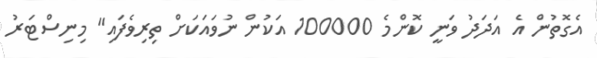
އެގޮތުން އެ އަދަދު ވަނީ ކޮންމެ 100000 އަކުން ނުވައަކަށް ތިރިވެފައި" މިނިސްޓަރު